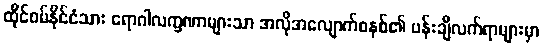
ထိုင်ဝမ်နိုင်ငံသား ရောဂါလက္ခဏာများသာ အလိုအလျောက်စနစ်၏ ပန်းချီလက်ရာများမှာ